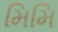
મિમિ